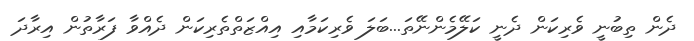
ދެން ތިބުނީ ވެރިކަން ދެނީ ކަލޭމެންނޭތަ...ބަލަ ވެރިކަމާއި އިއްޒަތްތެރިކަން ދެއްވާ ފަރާތުން އިރާދަ